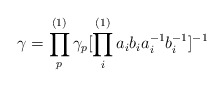
\begin{align*}\gamma =\prod_p^{(1)}\gamma_p[\prod_i^{(1)}a_ib_ia_i^{-1}b_i^{-1}]^{-1}\end{align*}